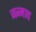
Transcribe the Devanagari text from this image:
जन्माद्य